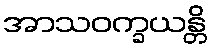
အာသဝက္ခယန္တိ